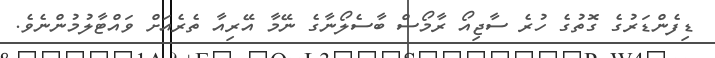
ޑިފެންޑަރުގެ ގޮތުގެ ހުރެ ސާޖިއޯ ރާމޯސް ބާސެލޯނާގެ ނޭމާ އޭރިއާ ތެރެއަށް ވައްޓާލުމުންނެވެ.